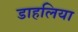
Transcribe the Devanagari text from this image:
डाहलिया